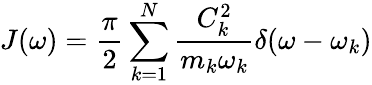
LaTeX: J(\omega)=\frac{\pi}{2}\sum_{k=1}^{N}\frac{C_{k}^{2}}{m_{k}\omega_{k}}\delta(\omega-\omega_{k})